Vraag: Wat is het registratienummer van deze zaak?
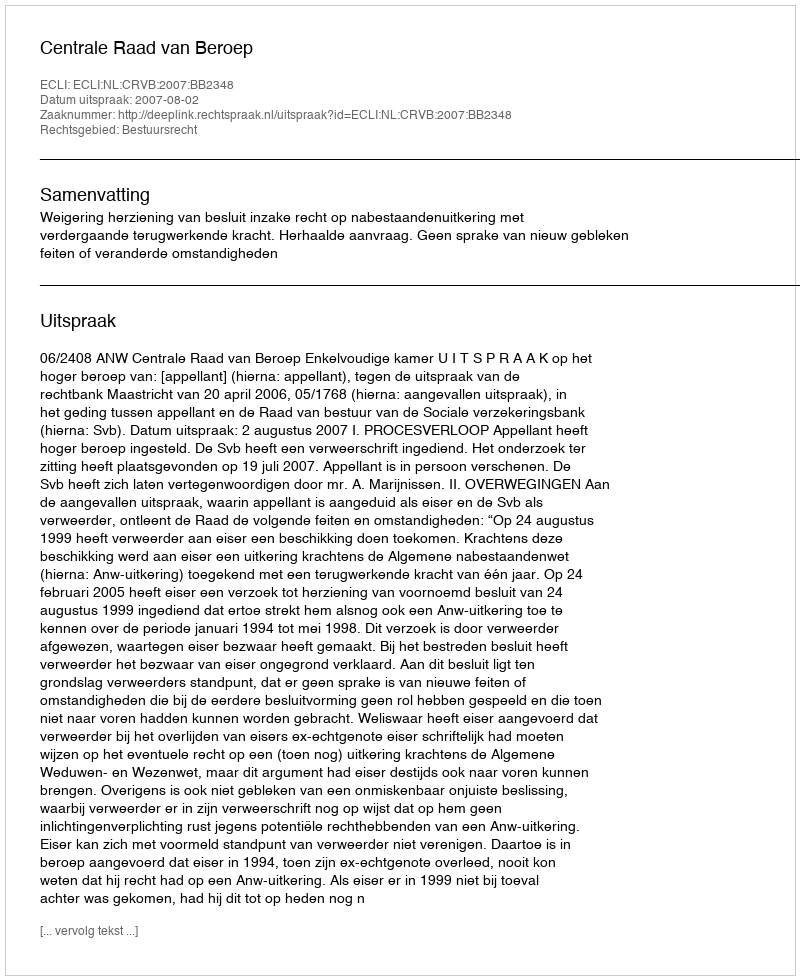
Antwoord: http://deeplink.rechtspraak.nl/uitspraak?id=ECLI:NL:CRVB:2007:BB2348